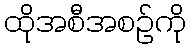
ထိုအစီအစဉ်ကို